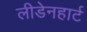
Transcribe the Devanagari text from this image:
लीडेनहार्ट